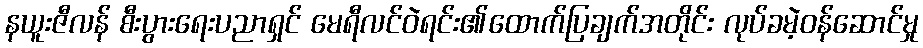
နယူးဇီလန် စီးပွားရေးပညာရှင် မေရီလင်ဝဲရင်း၏ထောက်ပြချက်အတိုင်း လုပ်ခမဲ့ဝန်ဆောင်မှု